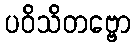
ပဝိသိတဗ္ဗော